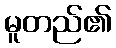
မူတည်၏